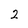
Character: 2